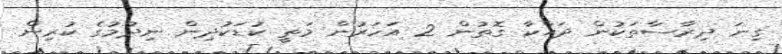
ގިނަ ދިރާސާތަކުން ދައްކާ ގޮތުން 2 އަހަރުން މަތީ ކުޑަކުދިން ނިދުމުގެ ކުރިން